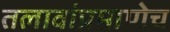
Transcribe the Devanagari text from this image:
तलावांप्रमाणेच